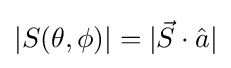
|S(\theta ,\phi )|=|{\vec {S}}\cdot {\hat {a}}|